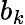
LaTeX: b_{k}